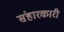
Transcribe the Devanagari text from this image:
संहारकारी